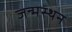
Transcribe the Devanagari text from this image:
जन्मस्थन